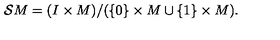
{ \cal S } M = ( I \times M ) / ( \{ 0 \} \times M \cup \{ 1 \} \times M ) .